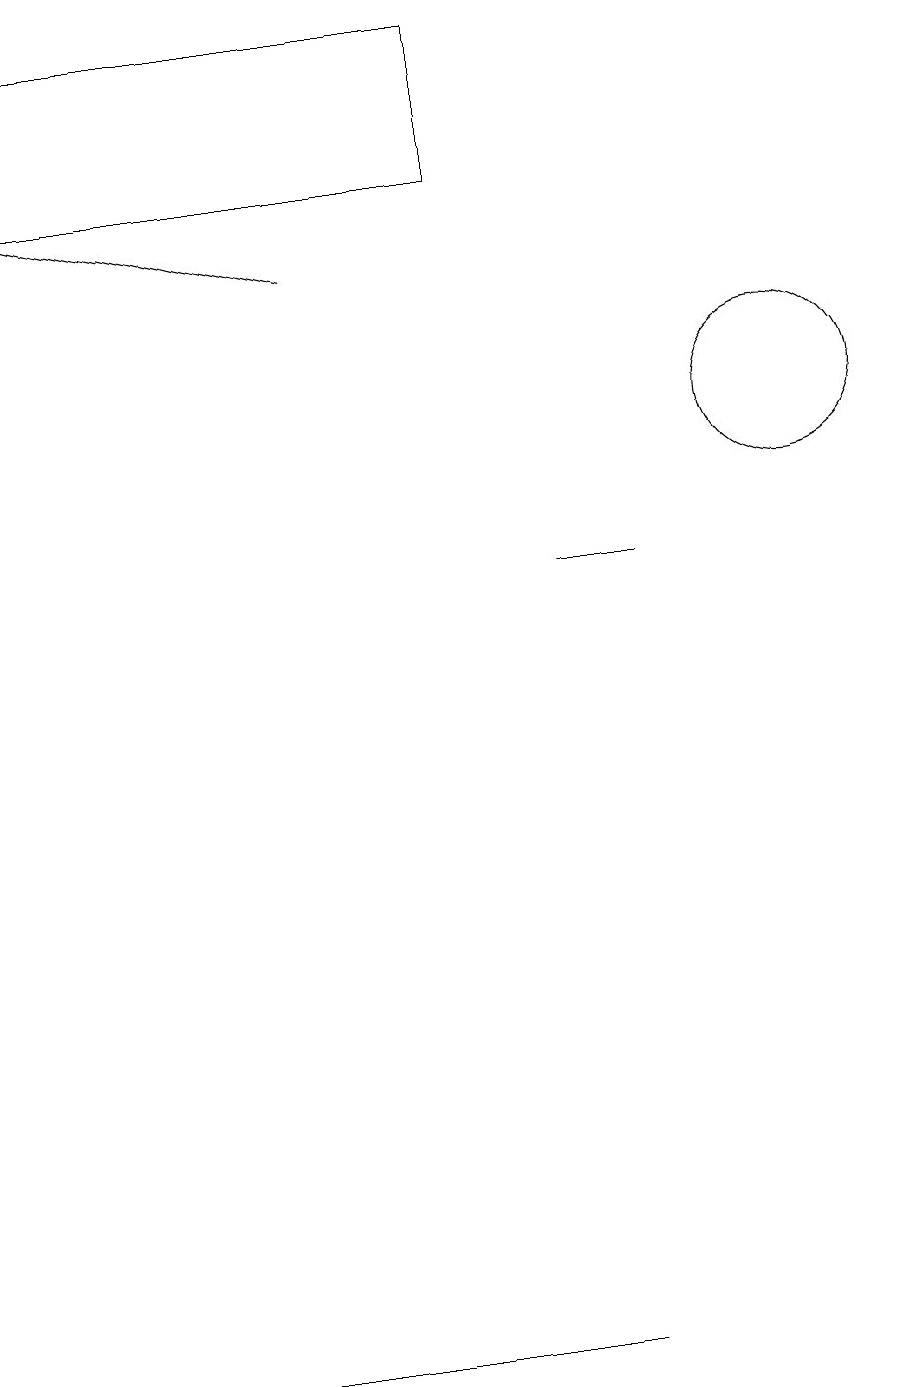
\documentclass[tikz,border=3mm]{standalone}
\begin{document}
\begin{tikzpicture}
\draw (6,17) rectangle (0,15);
\draw[->] (4,14) -- (0,15);
\draw (10,12) circle (1);
\draw (4,0) -- (7,0) -- (1,0) -- cycle;
\draw (8,10) rectangle (7,10);
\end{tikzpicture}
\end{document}